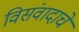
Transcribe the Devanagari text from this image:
विसंवादाचे